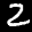
Label: 2